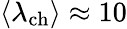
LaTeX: \langle\lambda_{\mathrm{ch}}\rangle\approx 10